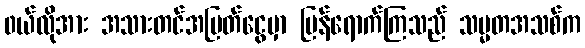
၀ယ်လိုအား အသားတင်အမြတ်ငွေမှာ ပြန်ရောက်ကြသည် သမ္မတအသစ်က